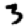
Digit: 3